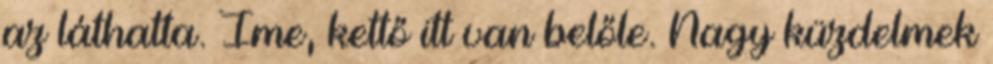
az láthatta. Íme, kettő itt van belőle. Nagy küzdelmek